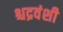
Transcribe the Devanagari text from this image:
श्चद्रवंशी